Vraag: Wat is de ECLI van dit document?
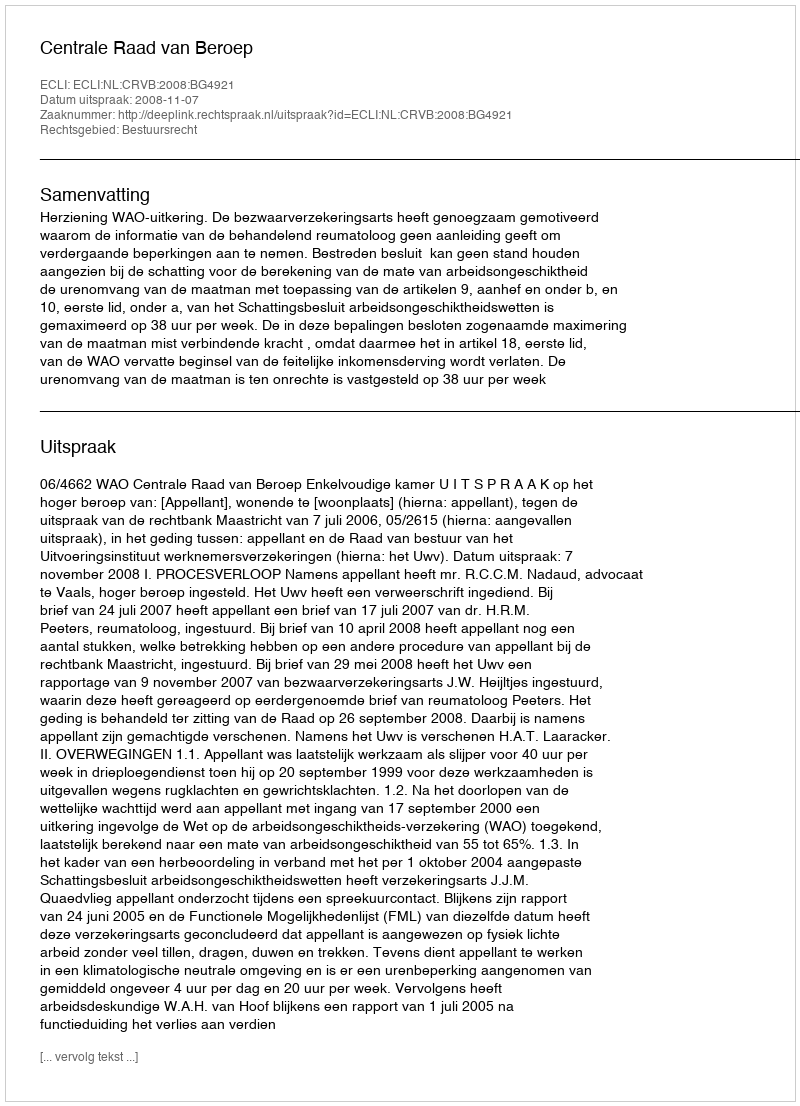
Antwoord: ECLI:NL:CRVB:2008:BG4921